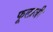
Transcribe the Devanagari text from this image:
फूलाजी